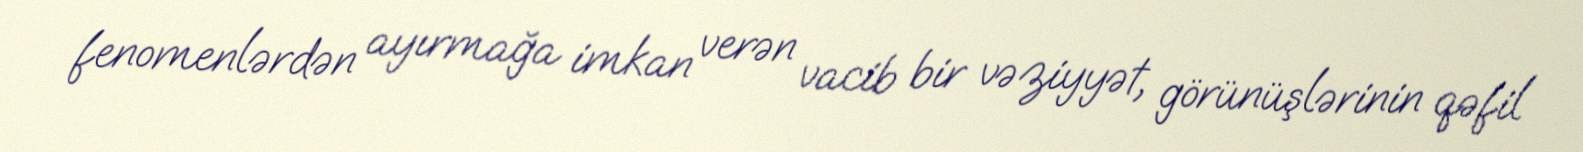
fenomenlərdən ayırmağa imkan verən vacib bir vəziyyət, görünüşlərinin qəfil